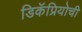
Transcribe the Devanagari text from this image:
डिकॅप्रियोची